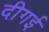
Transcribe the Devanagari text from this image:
दीगई